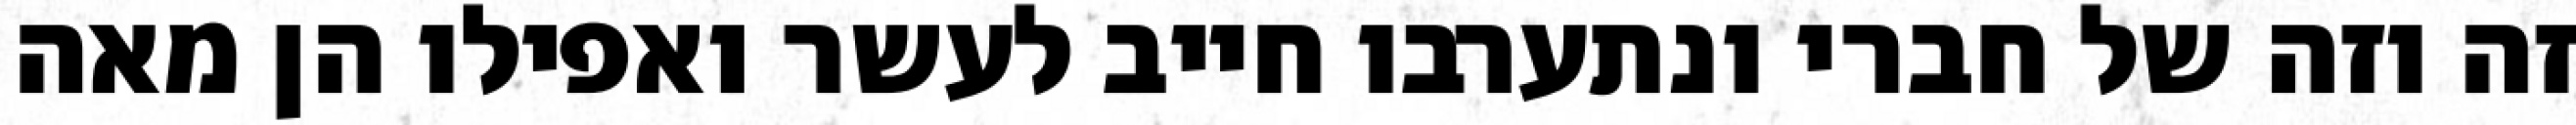
זה וזה של חברי ונתערבו חייב לעשר ואפילו הן מאה